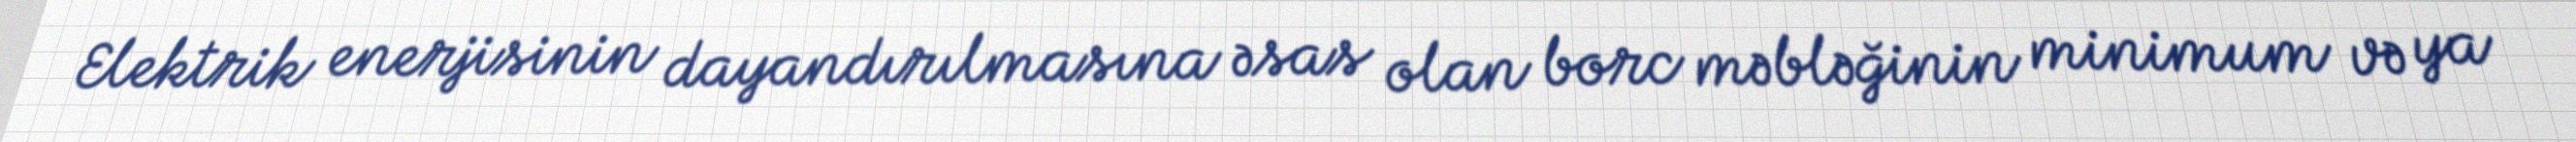
Elektrik enerjisinin dayandırılmasına əsas olan borc məbləğinin minimum və ya